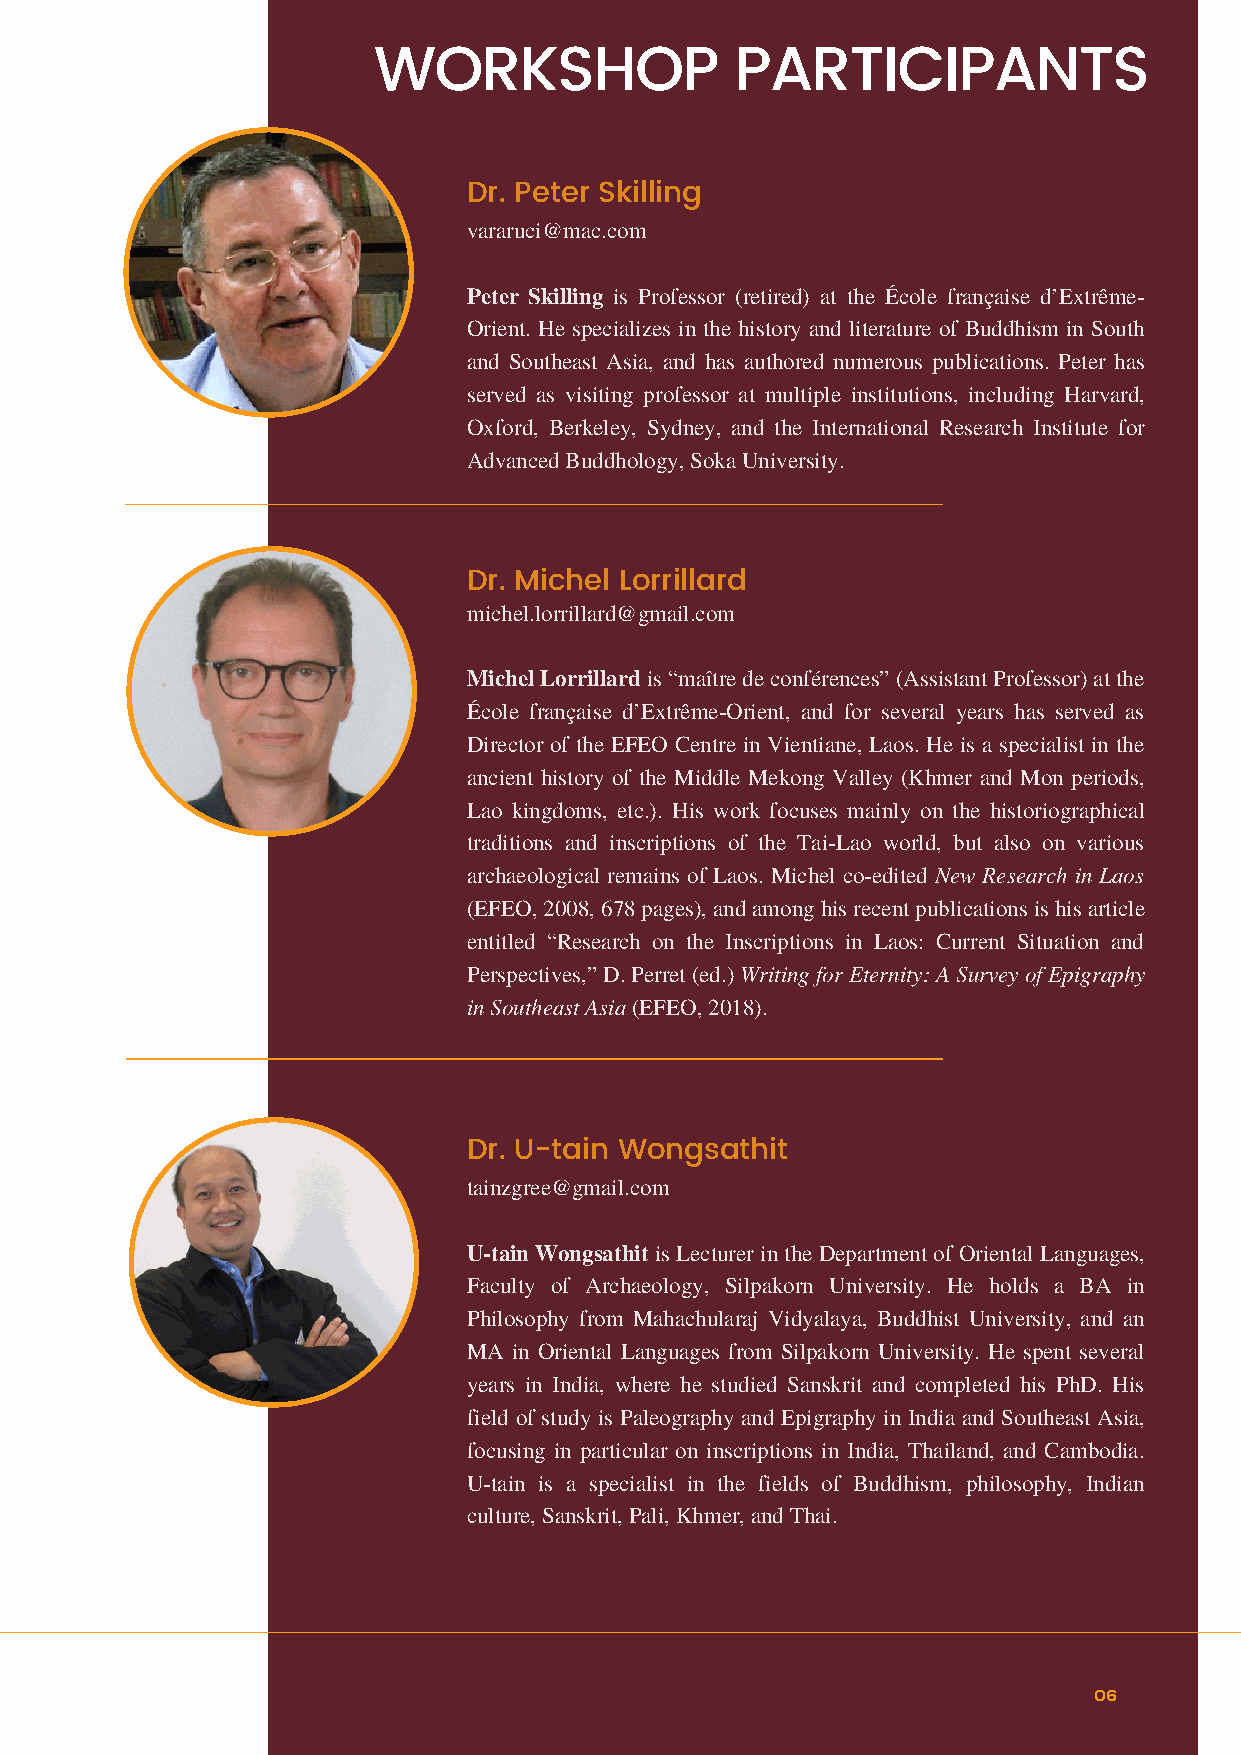
WORKSHOP                PARTICIPANTS
 Dr. Peter Skilling
 vararuci@mac.com
 Peter Skilling is Professor (retired) at the École française d’Extrême-
 Orient. He specializes in the history and literature of Buddhism in South
 and Southeast Asia, and has authored numerous publications. Peter has
 served as visiting professor at multiple institutions, including Harvard,
 Oxford, Berkeley, Sydney, and the International Research Institute for
 Advanced Buddhology, Soka University.
 Dr. Michel Lorrillard
 michel.lorrillard@gmail.com
 Michel Lorrillard is “maître de conférences” (Assistant Professor) at the
 École française d’Extrême-Orient, and for several years has served as
 Director of the EFEO Centre in Vientiane, Laos. He is a specialist in the
 ancient history of the Middle Mekong Valley (Khmer and Mon periods,
 Lao kingdoms, etc.). His work focuses mainly on the historiographical
 traditions and inscriptions of the Tai-Lao world, but also on various
 archaeological remains of Laos. Michel co-edited New Research in Laos
 (EFEO, 2008, 678 pages), and among his recent publications is his article
 entitled “Research on the Inscriptions in Laos: Current Situation and
 Perspectives,” D. Perret (ed.) Writing for Eternity: A Survey of Epigraphy
 in Southeast Asia (EFEO, 2018).
 Dr. U-tain Wongsathit
 tainzgree@gmail.com
 U-tain Wongsathit is Lecturer in the Department of Oriental Languages,
 Faculty of Archaeology, Silpakorn University. He holds a BA in
 Philosophy from Mahachularaj Vidyalaya, Buddhist University, and an
 MA in Oriental Languages from Silpakorn University. He spent several
 years in India, where he studied Sanskrit and completed his PhD. His
 field of study is Paleography and Epigraphy in India and Southeast Asia,
 focusing in particular on inscriptions in India, Thailand, and Cambodia.
 U-tain is a specialist in the fields of Buddhism, philosophy, Indian
 culture, Sanskrit, Pali, Khmer, and Thai.
 06